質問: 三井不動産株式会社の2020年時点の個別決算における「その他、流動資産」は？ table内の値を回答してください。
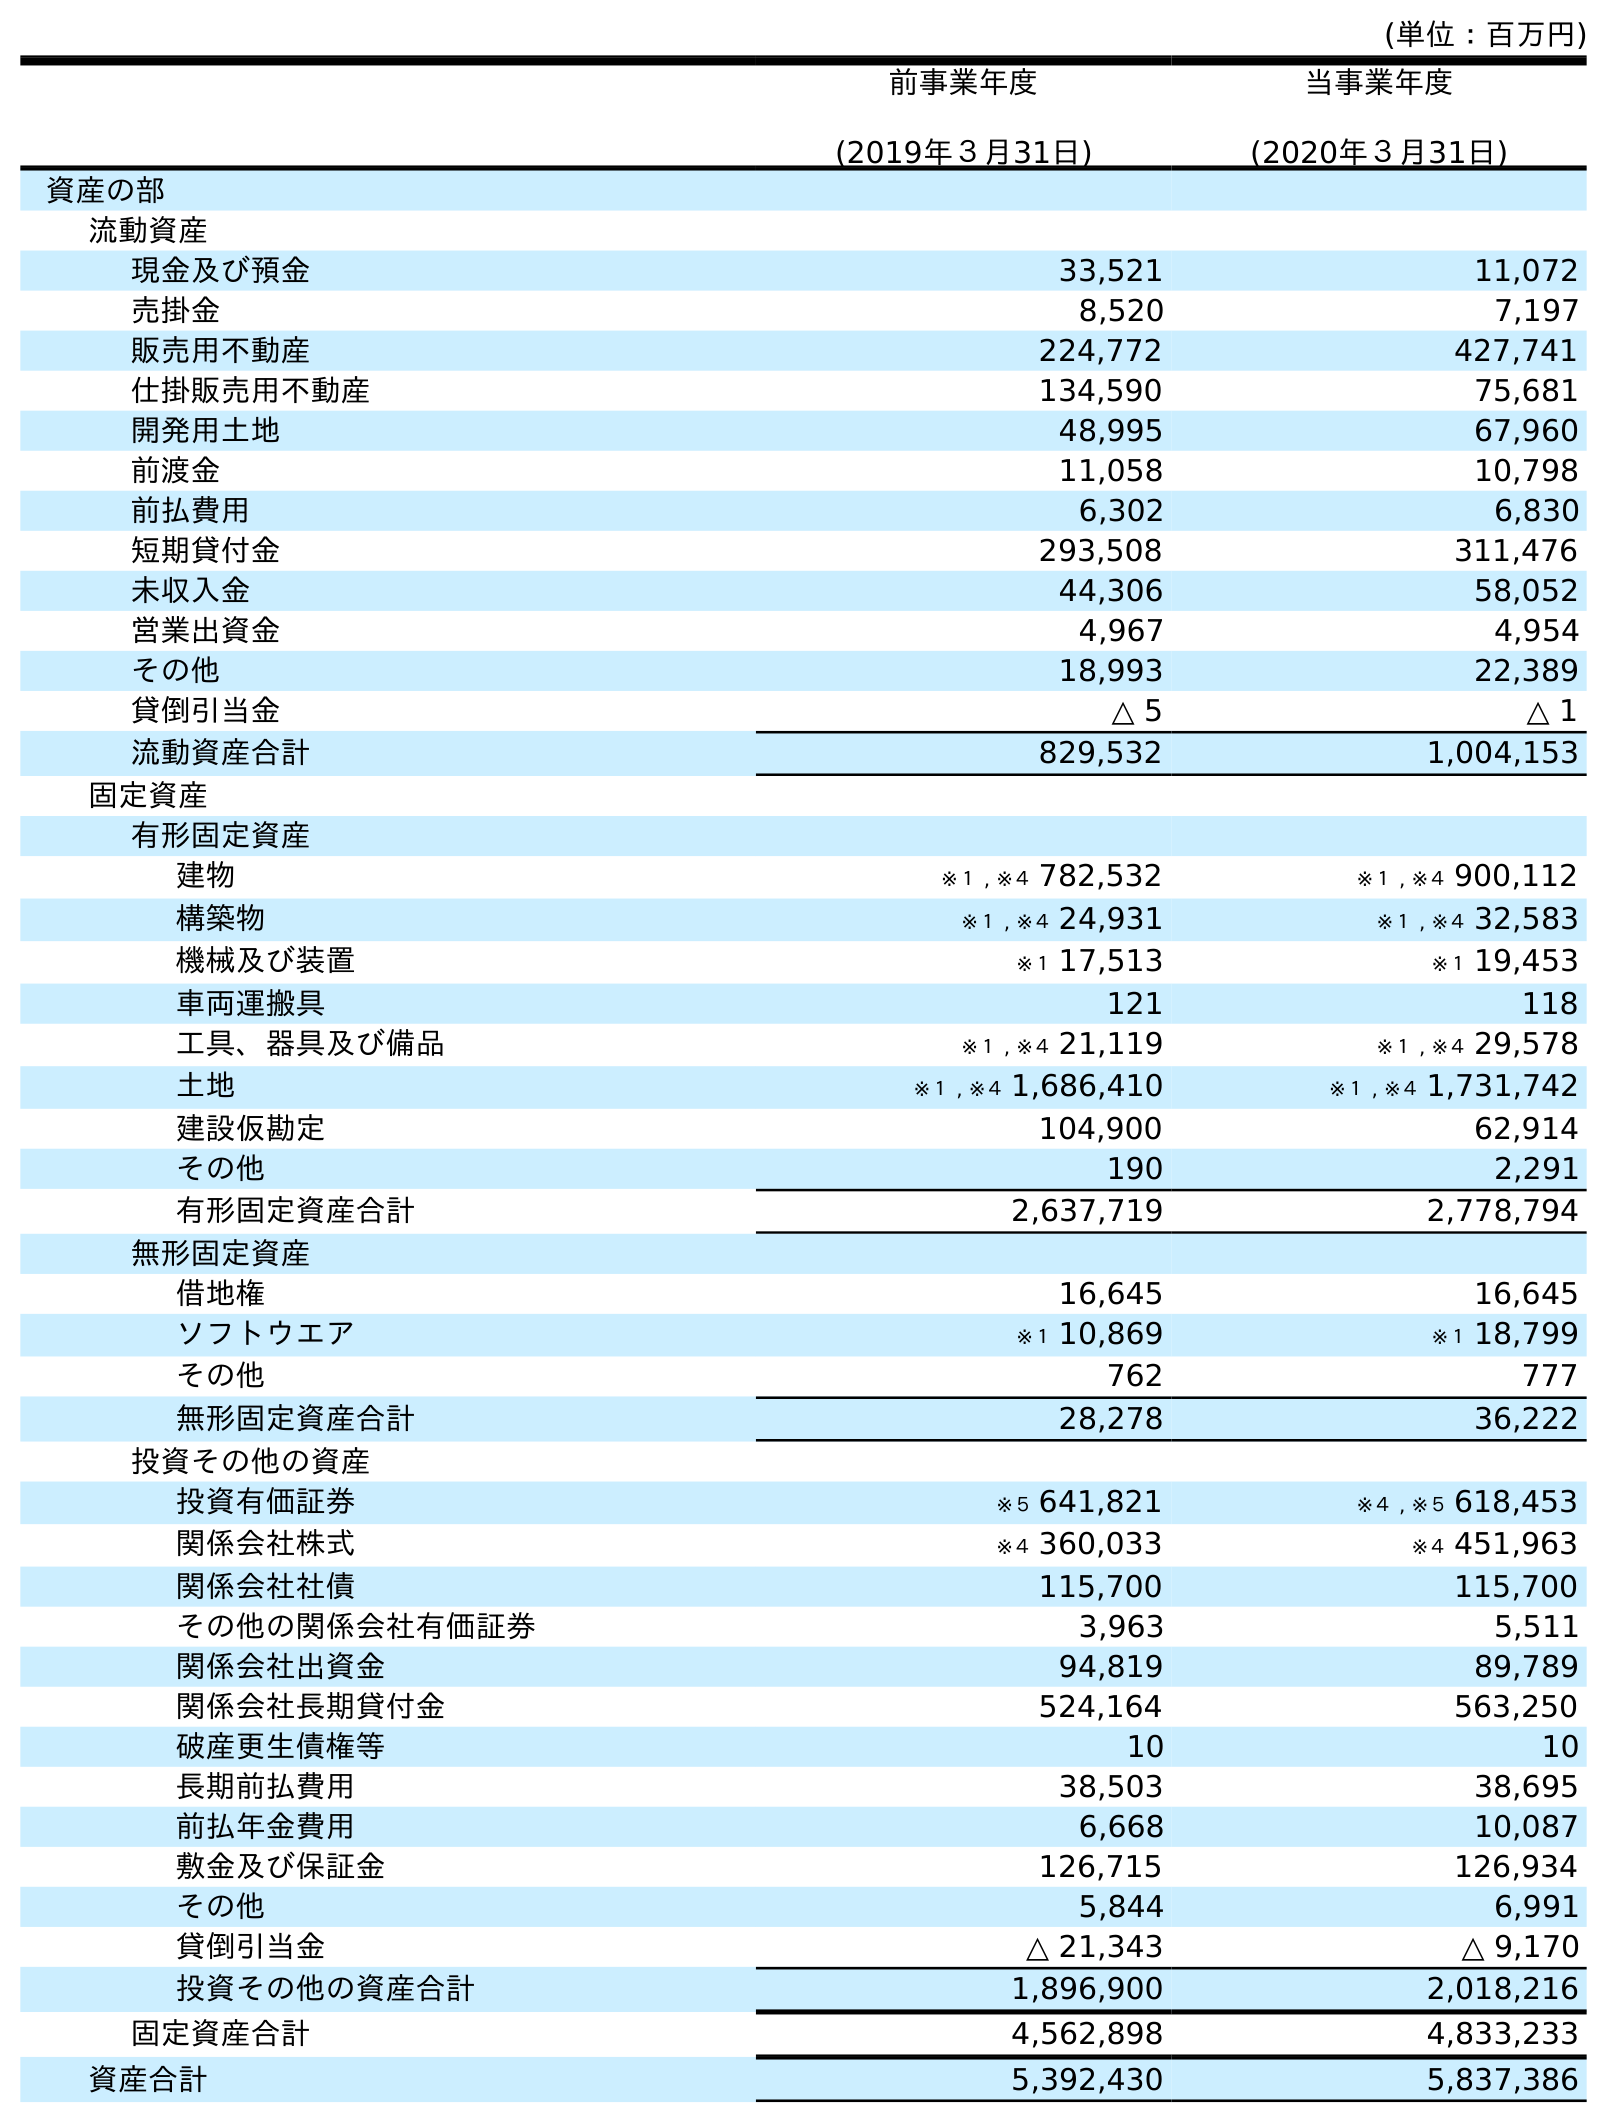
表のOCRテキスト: (単位：百万円) 前事業年度 (2019年３月31日) 当事業年度 (2020年３月31日) 資産の部 流動資産 現金及び預金 33,521 11,072 売掛金 8,520 7,197 販売用不動産 224,772 427,741 仕掛販売用不動産 134,590 75,681 開発用土地 48,995 67,960 前渡金 11,058 10,798 前払費用 6,302 6,830 短期貸付金 293,508 311,476 未収入金 44,306 58,052 営業出資金 4,967 4,954 その他 18,993 22,389 貸倒引当金 △ 5 △ 1 流動資産合計 829,532 1,004,153 固定資産 有形固定資産 建物 ※１ , ※４ 782,532 ※１ , ※４ 900,112 構築物 ※１ , ※４ 24,931 ※１ , ※４ 32,583 機械及び装置 ※１ 17,513 ※１ 19,453 車両運搬具 121 118 工具、器具及び備品 ※１ , ※４ 21,119 ※１ , ※４ 29,578 土地 ※１ , ※４ 1,686,410 ※１ , ※４ 1,731,742 建設仮勘定 104,900 62,914 その他 190 2,291 有形固定資産合計 2,637,719 2,778,794 無形固定資産 借地権 16,645 16,645 ソフトウエア ※１ 10,869 ※１ 18,799 その他 762 777 無形固定資産合計 28,278 36,222 投資その他の資産 投資有価証券 ※５ 641,821 ※４ , ※５ 618,453 関係会社株式 ※４ 360,033 ※４ 451,963 関係会社社債 115,700 115,700 その他の関係会社有価証券 3,963 5,511 関係会社出資金 94,819 89,789 関係会社長期貸付金 524,164 563,250 破産更生債権等 10 10 長期前払費用 38,503 38,695 前払年金費用 6,668 10,087 敷金及び保証金 126,715 126,934 その他 5,844 6,991 貸倒引当金 △ 21,343 △ 9,170 投資その他の資産合計 1,896,900 2,018,216 固定資産合計 4,562,898 4,833,233 資産合計 5,392,430 5,837,386
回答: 22,389